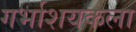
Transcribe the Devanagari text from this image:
गर्भाशयकला